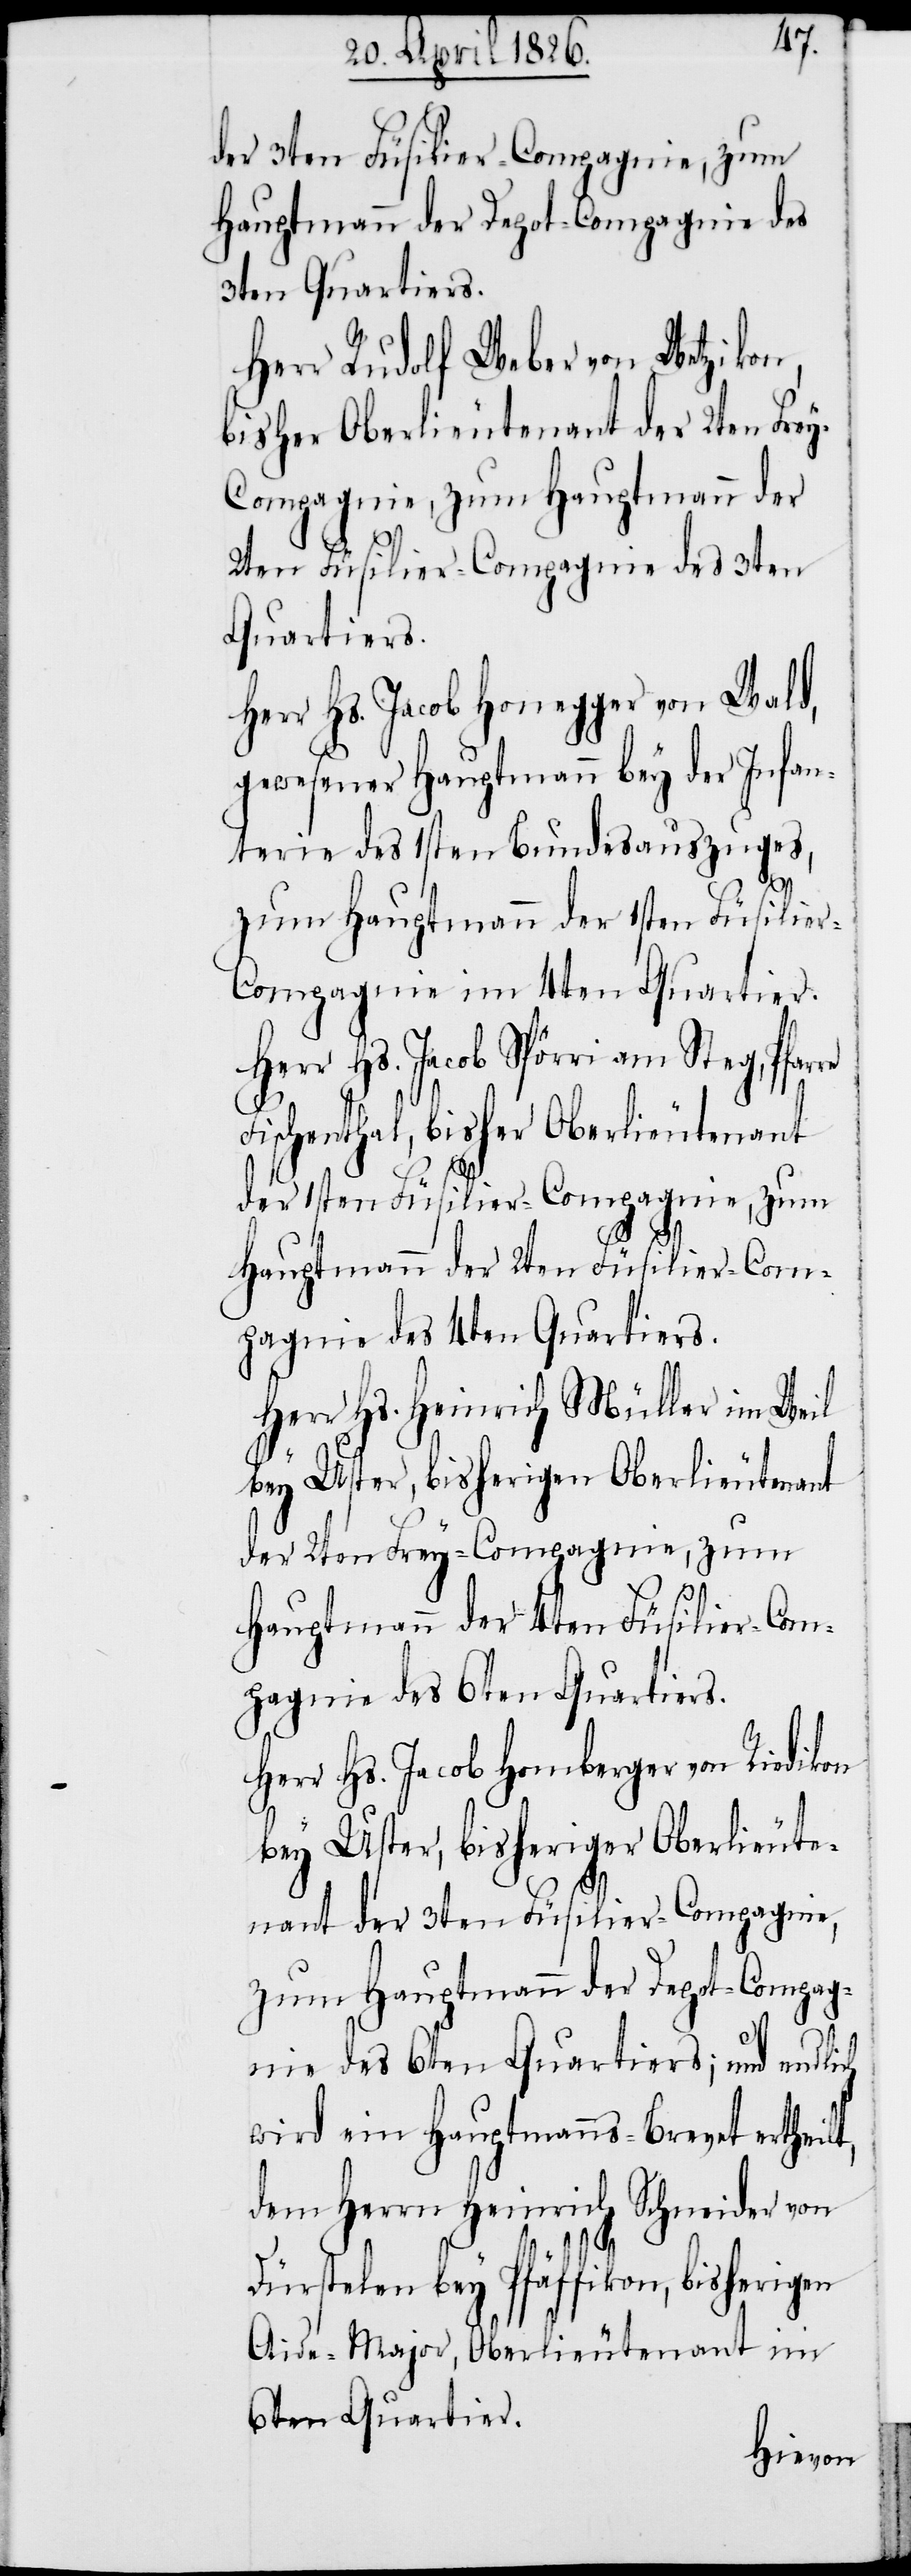
der 3ten Füsilier-Compagnie, zum
Hauptmann der Depot-Compagnie des
6ten Quartiers;
Herr Rudolf Weber von Wetzikon,
bisher Oberlieutenant der 2ten Fre¬
y-Compagnie, zum Hauptmann der
2ten Füsilier-Compagnie des 3ten
Quartiers.
Herr Hs. Jacob Honegger von Wald,
gewesener Hauptmann bey der Infan¬
terie des 1sten Bundesauszuges,
zum Hauptmann der 1sten Füsilie¬
r-Compagnie im 4ten Quartier.
Herr Hs. Jacob Spörri am Steg, Pfar¬
Fischenthal, bisher Oberlieutenant
der 1sten Füsilier-Compagnie, zum
t,
Hauptmann der 2ten Füsilier-Com¬
pagnie des 4ten Quartiers.
Herr Hs. Heinrich Müller im Weil
bey Uster, bisheriger Oberlieutenant
der 2ten Frey-Compagnie, zum
Hauptmann der 4ten Füsilier-Com¬
pagnie des 6ten Quartiers.
Herr Hs. Jacob Homberger von Riedikon
wird ein Hauptmanns-Brevet ertheil¬
dem Herrn Heinrich Schneider von
Dürstelen bey Pfäffikon, bisherigen
Aide-Major, Oberlieutenant im
6ten Quartier.